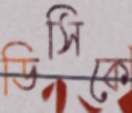
ডিসিকে